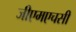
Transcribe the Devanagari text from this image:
जीएमएचसी